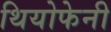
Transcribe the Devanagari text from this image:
थियोफेनी